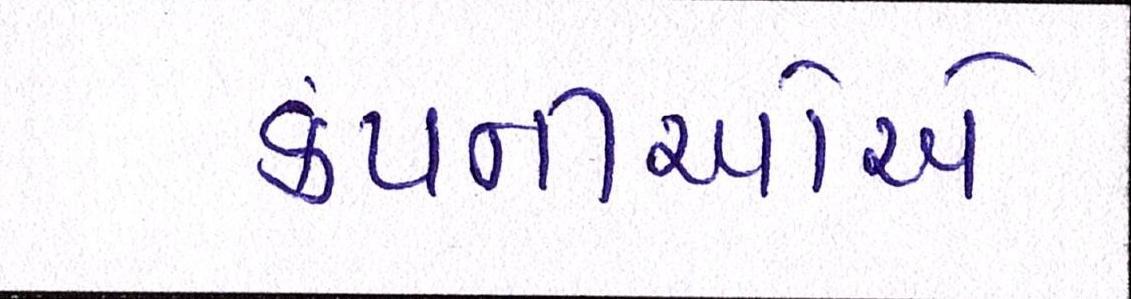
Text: કંપનીઓએ